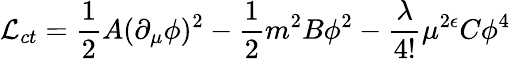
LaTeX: {\cal L}_{ct}={\frac{1}{2}}A(\partial_{\mu}\phi)^{2}-{\frac{1}{2}}m^{2}B\phi^{2}-{\frac{\lambda}{4!}}\mu^{2\epsilon}C\phi^{4}